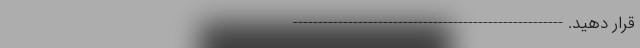
قرار دهید. ------------------------------------------------------